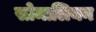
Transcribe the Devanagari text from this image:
सोमालियन